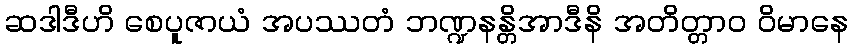
ဆဒါဒီဟိ စေပူဇာယံ အပဿတံ ဘဏ္ဍနန္တိအာဒီနိ အတိတ္တာဝ ဝိမာနေ